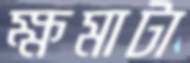
ক্ষমাটা